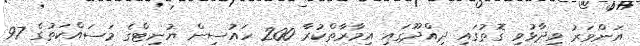
އަންވަރު ވިދާޅުވި ގޮތުގައި ދިއްދޫގައި އިމާރާތްކުރާ 200 ހައުސިން ޔުނިޓްގެ މަސައްކަތުގެ 97